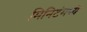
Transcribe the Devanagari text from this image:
मिनिटंमध्ये